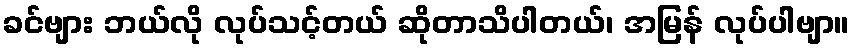
ခင်ဗျား ဘယ်လို လုပ်သင့်တယ် ဆိုတာသိပါတယ်၊ အမြန် လုပ်ပါဗျာ။